Annual report on the working of the mental hospitals in the Madras Presidency - 1912-1932
Year: 1912
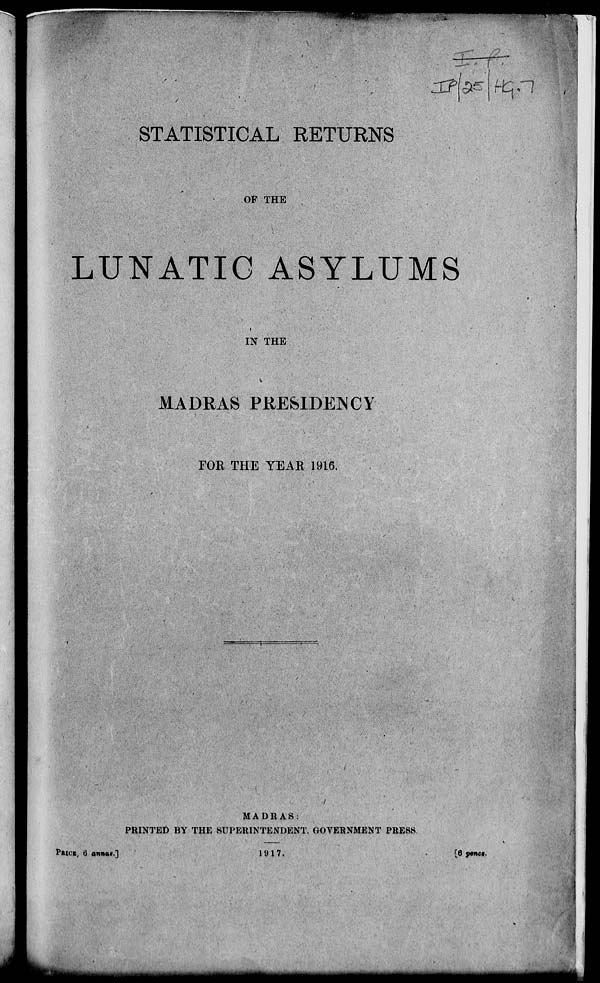
STATISTICAL RETURNS
OF THE
LUNATIC ASYLUMS
IN THE
MADRAS PRESIDENCY
FOR THE YEAR 1916.
MADRAS:
PRINTED BY THE SUPERINTENDENT, GOVERNMENT PRESS
PRICE, 6 annas.]
1917.
[6 pence.